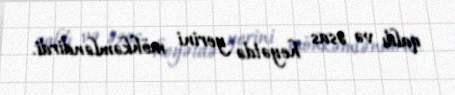
qaldı və əsas heyətdə yerini möhkəmləndirdi.